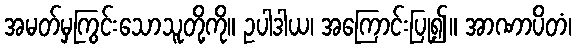
အမတ်မှကြွင်းသောသူတို့ကို။ ဥပါဒါယ၊ အကြောင်းပြု၍။ အာဏာပိတံ၊